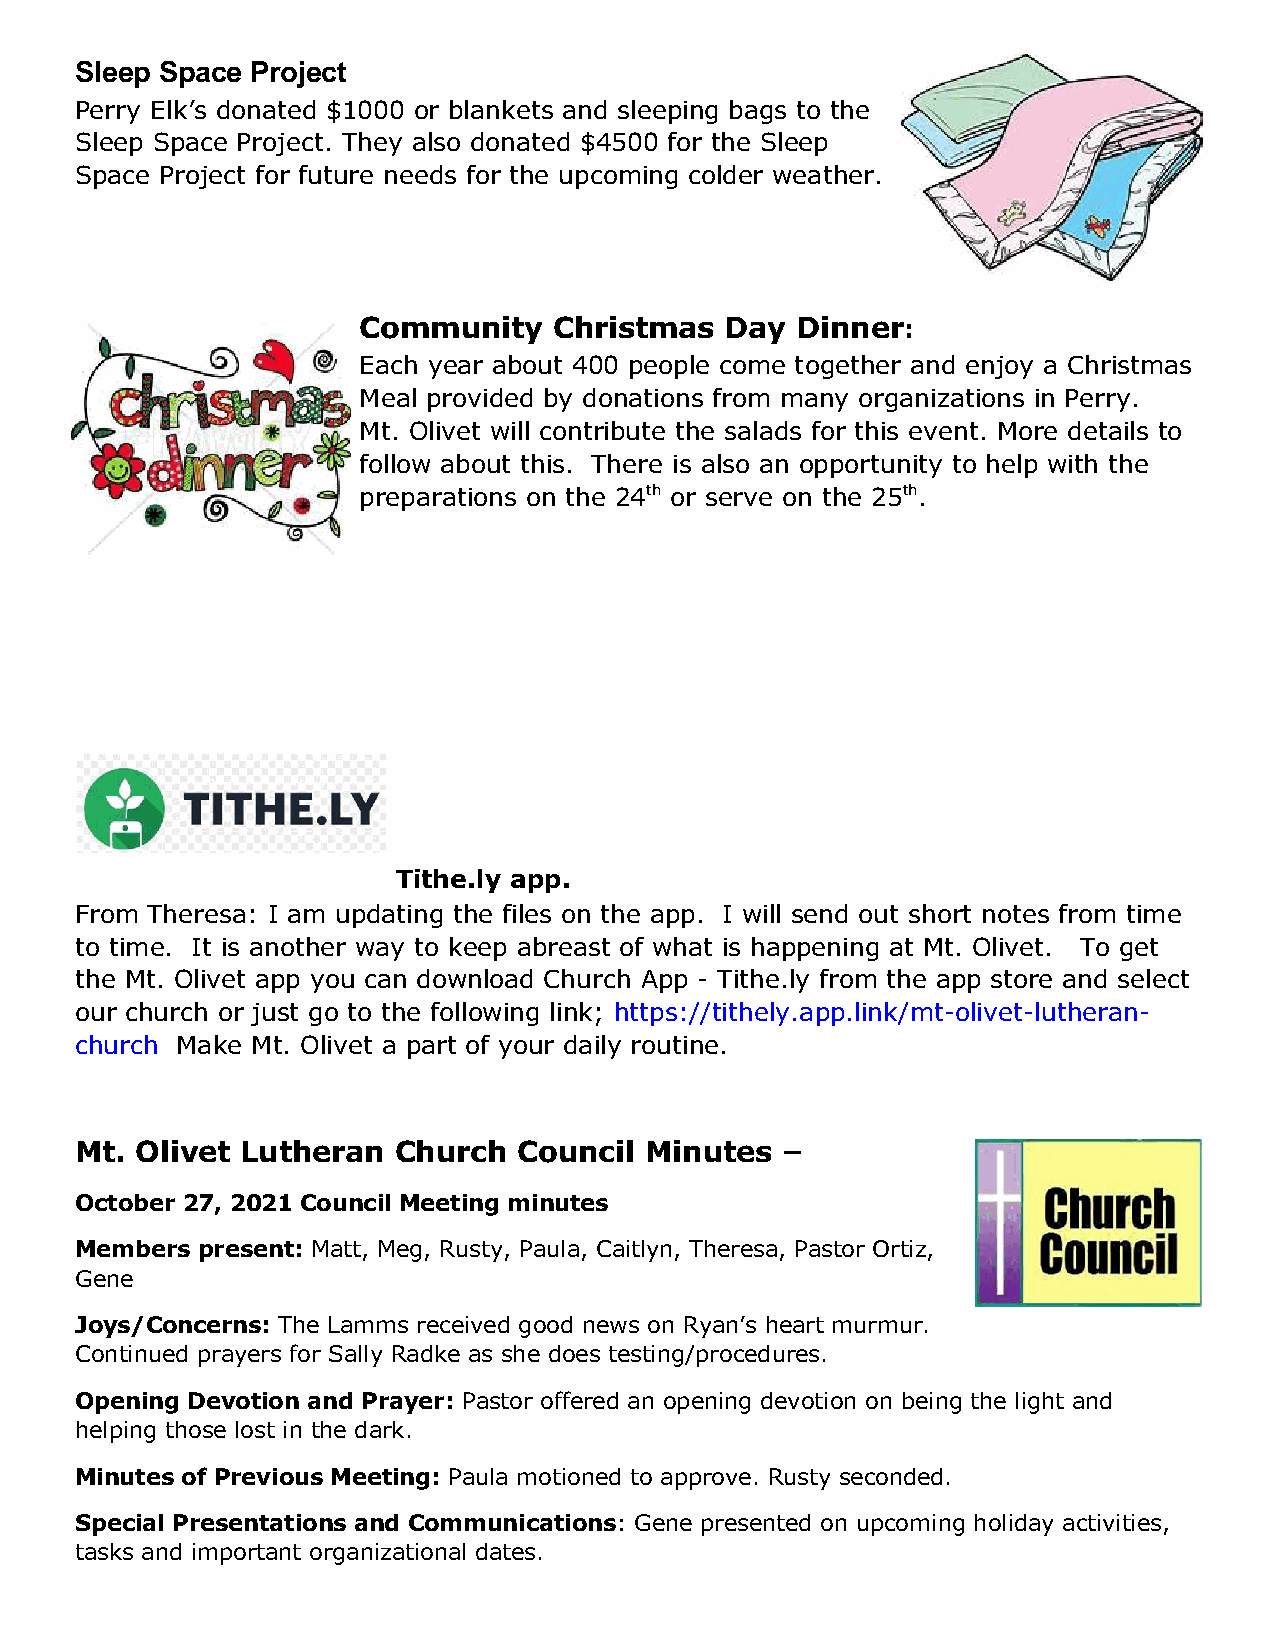
Sleep Space Project
 Perry Elk’s donated $1000 or blankets and sleeping bags to the
 Sleep Space Project. They also donated $4500 for the Sleep
 Space Project for future needs for the upcoming colder weather.
 Community    Christmas  Day  Dinner:
 Each year about 400 people come together and enjoy a Christmas
 Meal provided by donations from many organizations in Perry.
 Mt. Olivet will contribute the salads for this event. More details to
 follow about this. There is also an opportunity to help with the
 preparations on the 24th or serve on the 25th.
 Tithe.ly app.
 From Theresa: I am updating the files on the app. I will send out short notes from time
 to time. It is another way to keep abreast of what is happening at Mt. Olivet. To get
 the Mt. Olivet app you can download Church App - Tithe.ly from the app store and select
 our church or just go to the following link; https://tithely.app.link/mt-olivet-lutheran-
 church Make Mt. Olivet a part of your daily routine.
 Mt. Olivet Lutheran  Church  Council  Minutes  –
 October 27, 2021 Council Meeting minutes
 Members present: Matt, Meg, Rusty, Paula, Caitlyn, Theresa, Pastor Ortiz,
 Gene
 Joys/Concerns: The Lamms received good news on Ryan’s heart murmur.
 Continued prayers for Sally Radke as she does testing/procedures.
 Opening Devotion and Prayer: Pastor offered an opening devotion on being the light and
 helping those lost in the dark.
 Minutes of Previous Meeting: Paula motioned to approve. Rusty seconded.
 Special Presentations and Communications: Gene presented on upcoming holiday activities,
 tasks and important organizational dates.